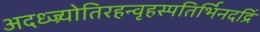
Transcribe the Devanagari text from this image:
अदध्ज्र्योतिरहन्वृहस्पतिर्भिनदद्रिं